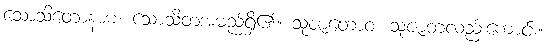
သောသိတောနာမ၊ သောသိတအမည်ရှိ၏။ သုဇာတောဝ၊ သုဇာတလည်းကောင်း။